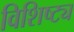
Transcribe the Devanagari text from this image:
विशिष्ट्य